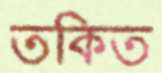
তকিত